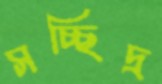
সচ্ছিদ্র